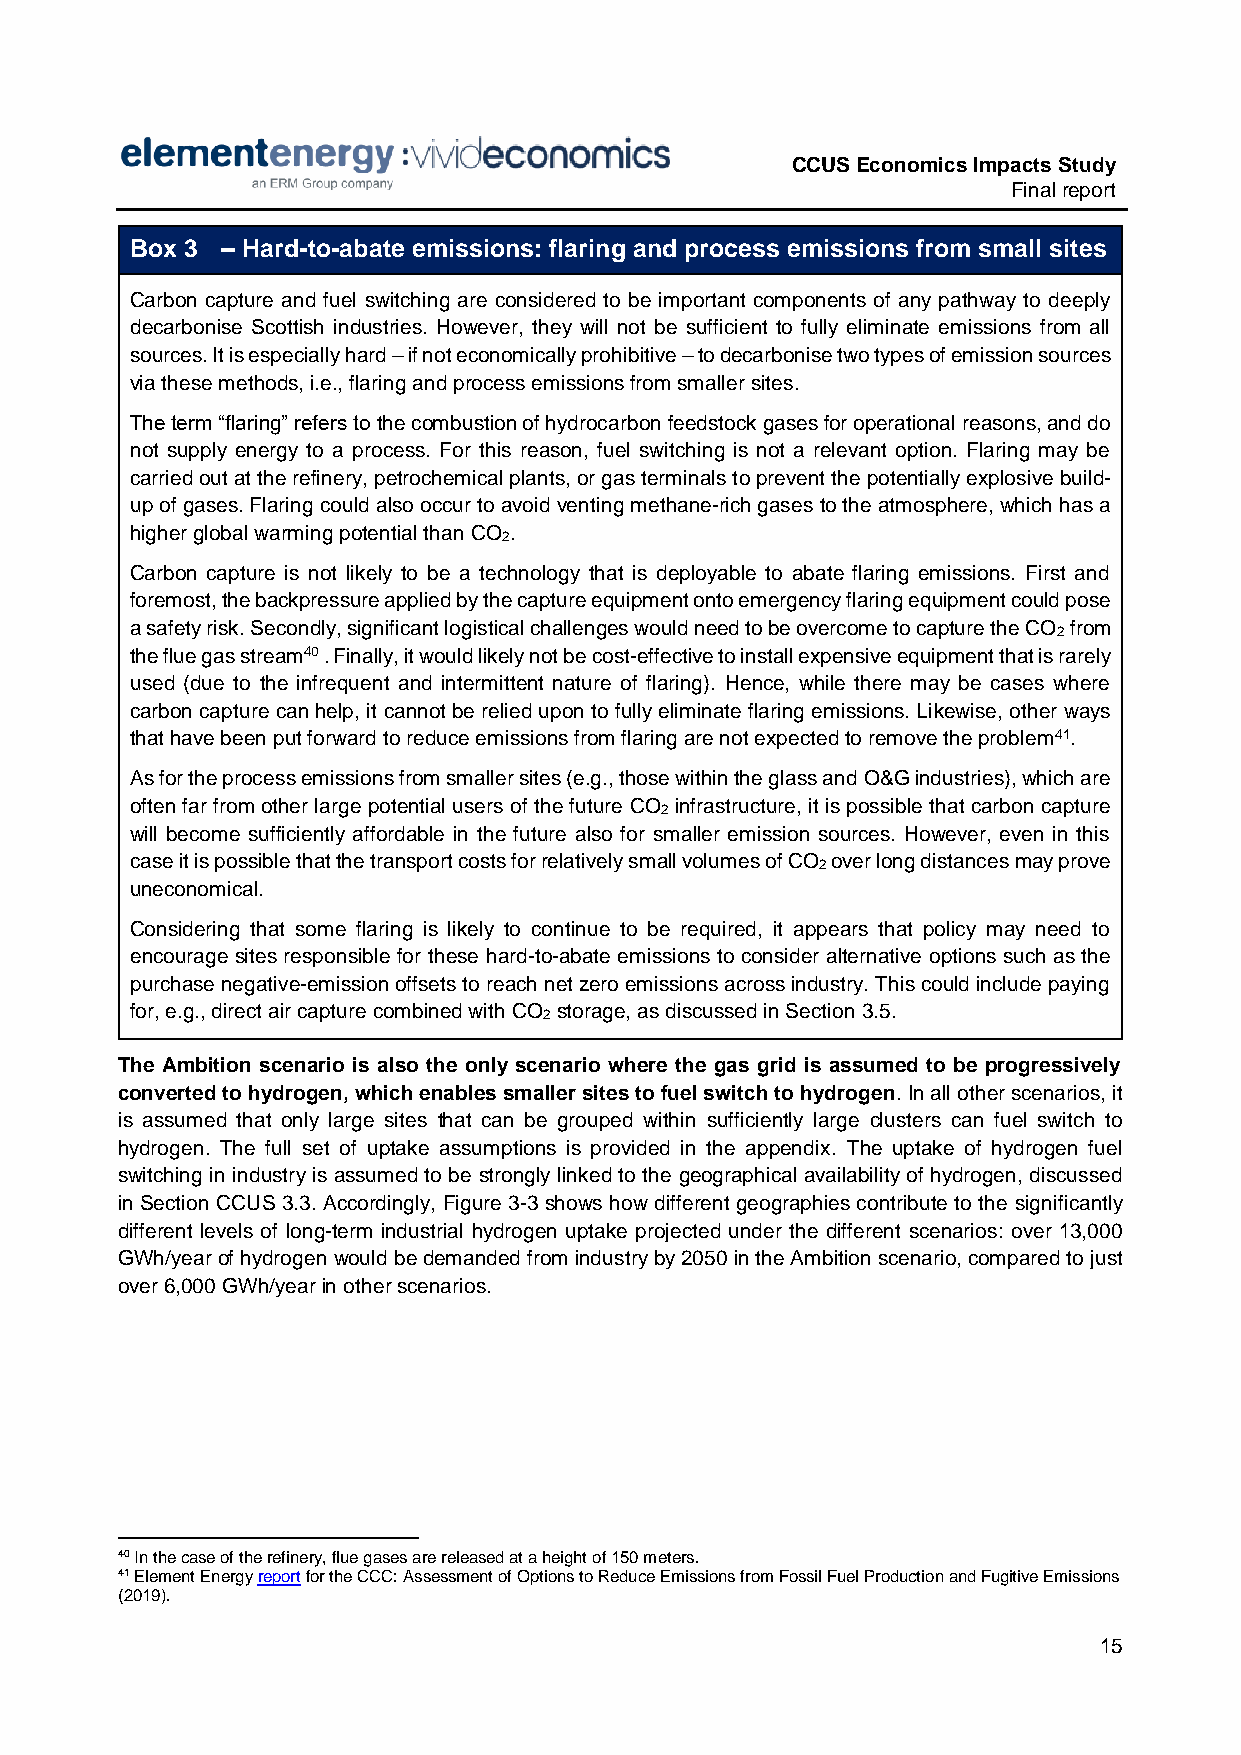
CCUS Economics Impacts Study
 Final report
 Box 3 – Hard-to-abate emissions: flaring and process emissions from small sites
 Carbon capture and fuel switching are considered to be important components of any pathway to deeply
 decarbonise Scottish industries. However, they will not be sufficient to fully eliminate emissions from all
 sources. It is especially hard – if not economically prohibitive – to decarbonise two types of emission sources
 via these methods, i.e., flaring and process emissions from smaller sites.
 The term “flaring” refers to the combustion of hydrocarbon feedstock gases for operational reasons, and do
 not supply energy to a process. For this reason, fuel switching is not a relevant option. Flaring may be
 carried out at the refinery, petrochemical plants, or gas terminals to prevent the potentially explosive build-
 up of gases. Flaring could also occur to avoid venting methane-rich gases to the atmosphere, which has a
 higher global warming potential than CO .
 2
 Carbon capture is not likely to be a technology that is deployable to abate flaring emissions. First and
 foremost, the backpressure applied by the capture equipment onto emergency flaring equipment could pose
 a safety risk. Secondly, significant logistical challenges would need to be overcome to capture the CO from
 2
 the flue gas stream40 . Finally, it would likely not be cost-effective to install expensive equipment that is rarely
 used (due to the infrequent and intermittent nature of flaring). Hence, while there may be cases where
 carbon capture can help, it cannot be relied upon to fully eliminate flaring emissions. Likewise, other ways
 that have been put forward to reduce emissions from flaring are not expected to remove the problem41.
 As for the process emissions from smaller sites (e.g., those within the glass and O&G industries), which are
 often far from other large potential users of the future CO infrastructure, it is possible that carbon capture
 2
 will become sufficiently affordable in the future also for smaller emission sources. However, even in this
 case it is possible that the transport costs for relatively small volumes of CO over long distances may prove
 2
 uneconomical.
 Considering that some flaring is likely to continue to be required, it appears that policy may need to
 encourage sites responsible for these hard-to-abate emissions to consider alternative options such as the
 purchase negative-emission offsets to reach net zero emissions across industry. This could include paying
 for, e.g., direct air capture combined with CO storage, as discussed in Section 3.5.
 2
 The Ambition scenario is also the only scenario where the gas grid is assumed to be progressively
 converted to hydrogen, which enables smaller sites to fuel switch to hydrogen. In all other scenarios, it
 is assumed that only large sites that can be grouped within sufficiently large clusters can fuel switch to
 hydrogen. The full set of uptake assumptions is provided in the appendix. The uptake of hydrogen fuel
 switching in industry is assumed to be strongly linked to the geographical availability of hydrogen, discussed
 in Section CCUS 3.3. Accordingly, Figure 3-3 shows how different geographies contribute to the significantly
 different levels of long-term industrial hydrogen uptake projected under the different scenarios: over 13,000
 GWh/year of hydrogen would be demanded from industry by 2050 in the Ambition scenario, compared to just
 over 6,000 GWh/year in other scenarios.
 40 In the case of the refinery, flue gases are released at a height of 150 meters.
 41 Element Energy report for the CCC: Assessment of Options to Reduce Emissions from Fossil Fuel Production and Fugitive Emissions
 (2019).
 15